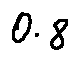
0 . 8